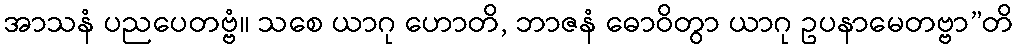
အာသနံ ပညပေတဗ္ဗံ။ သစေ ယာဂု ဟောတိ, ဘာဇနံ ဓောဝိတွာ ယာဂု ဥပနာမေတဗ္ဗာ”တိ